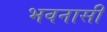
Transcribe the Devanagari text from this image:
भवनासी